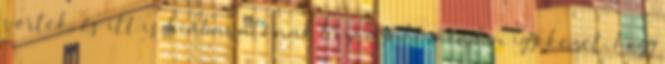
vertek, és itt is hiábavalónak bizonyult minden igyekezet, hogy